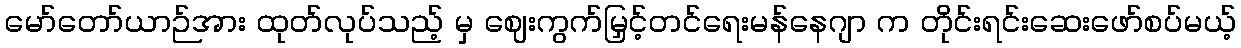
မော်တော်ယာဉ်အား ထုတ်လုပ်သည့် မှ ဈေးကွက်မြှင့်တင်ရေးမန်နေဂျာ က တိုင်းရင်းဆေးဖော်စပ်မယ့်